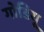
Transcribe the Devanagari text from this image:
गोडियू